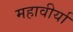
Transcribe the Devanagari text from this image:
महावीर्या